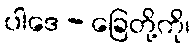
ပါဒေ - ခြေတို့ကို၊